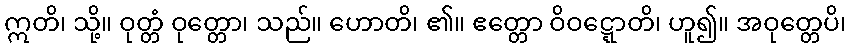
ဣတိ၊ သို့။ ဝုတ္တံ ဝုတ္တော၊ သည်။ ဟောတိ၊ ၏။ ဧတ္တော ဝိဝဋ္ဋောတိ၊ ဟူ၍။ အဝုတ္တေပိ၊